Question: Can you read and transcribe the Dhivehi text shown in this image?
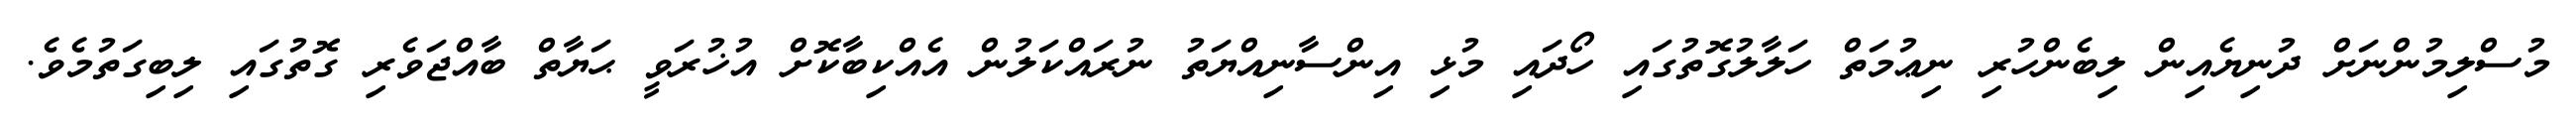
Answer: މުސްލިމުންނަށް ދުނިޔެއިން ލިބެންހުރި ނިޢުމަތް ހަލާލުގޮތުގައި ހޯދައި މުޅި އިންސާނިއްޔަތު ނުރައްކަލުން އެއްކިބާކޮށް އުޚުރަވީ ޙަޔާތް ބާއްޖަވެރި ގޮތުގައި ލިބިގަތުމެވެ.